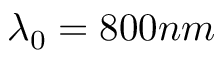
\lambda _ { 0 } = 8 0 0 n m